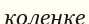
колеңке